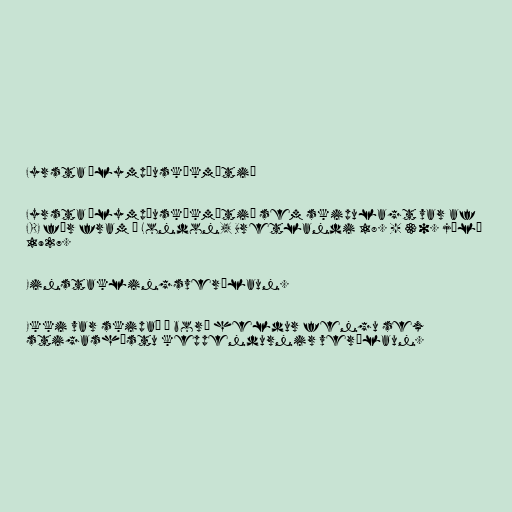
Fyrsta ólympíuskákmótið

Fyrsta ólympíuskákmótið sem skipulagt var af
FIDE fór fram í London, Bretlandi 18. - 30. júlí
1927.

Einstaklingsverðlaun.

Ekki var skipað á borð heldur fengu sex
stigashæstu keppendurnir verðlaun.